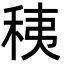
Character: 䄺